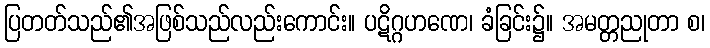
ပြတတ်သည်၏အဖြစ်သည်လည်းကောင်း။ ပဋိဂ္ဂဟဏေ၊ ခံခြင်း၌။ အမတ္တညုတာ စ၊